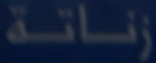
زناة